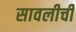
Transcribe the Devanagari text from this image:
सावलीची